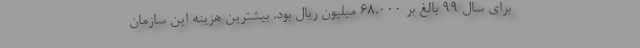
برای سال ۹۹ بالغ بر ۶۸.۰۰۰ میلیون ریال بود. بیشترین هزینه این سازمان